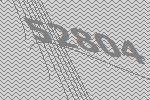
52804